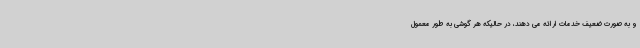
و به صورت ضعیف خدمات ارائه می دهند، در حالیکه هر گوشی به طور معمول